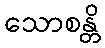
သောစန္တိ